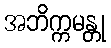
အဘိက္ကမန္တု